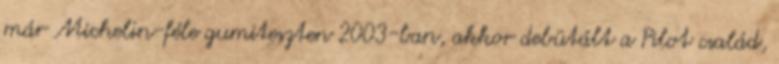
már Michelin-féle gumiteszten 2003-ban, akkor debütált a Pilot család,